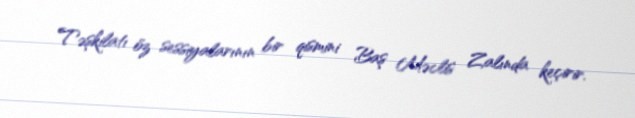
Təşkilatı öz sessiyalarının bir qismini Baş Məclis Zalında keçirir.